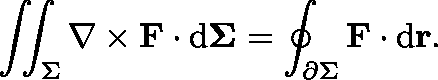
\iint _ { \Sigma } \nabla \times \mathbf { F } \cdot \mathrm { d } \mathbf { \Sigma } = \oint _ { \partial \Sigma } \mathbf { F } \cdot \mathrm { d } \mathbf { r } .